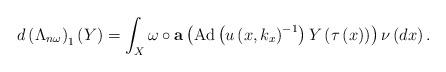
LaTeX: \begin{align*}d\left( \Lambda _{n\omega }\right) _{1}\left( Y\right) =\int_{X}\omega \circ \mathbf{a}\left( \mathrm{Ad}\left( u\left( x,k_{x}\right) ^{-1}\right)Y\left( \tau \left( x\right) \right) \right) \nu \left( dx\right) .\end{align*}